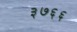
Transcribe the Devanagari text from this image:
३७६६